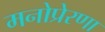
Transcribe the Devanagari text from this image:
मनोप्रेरणा